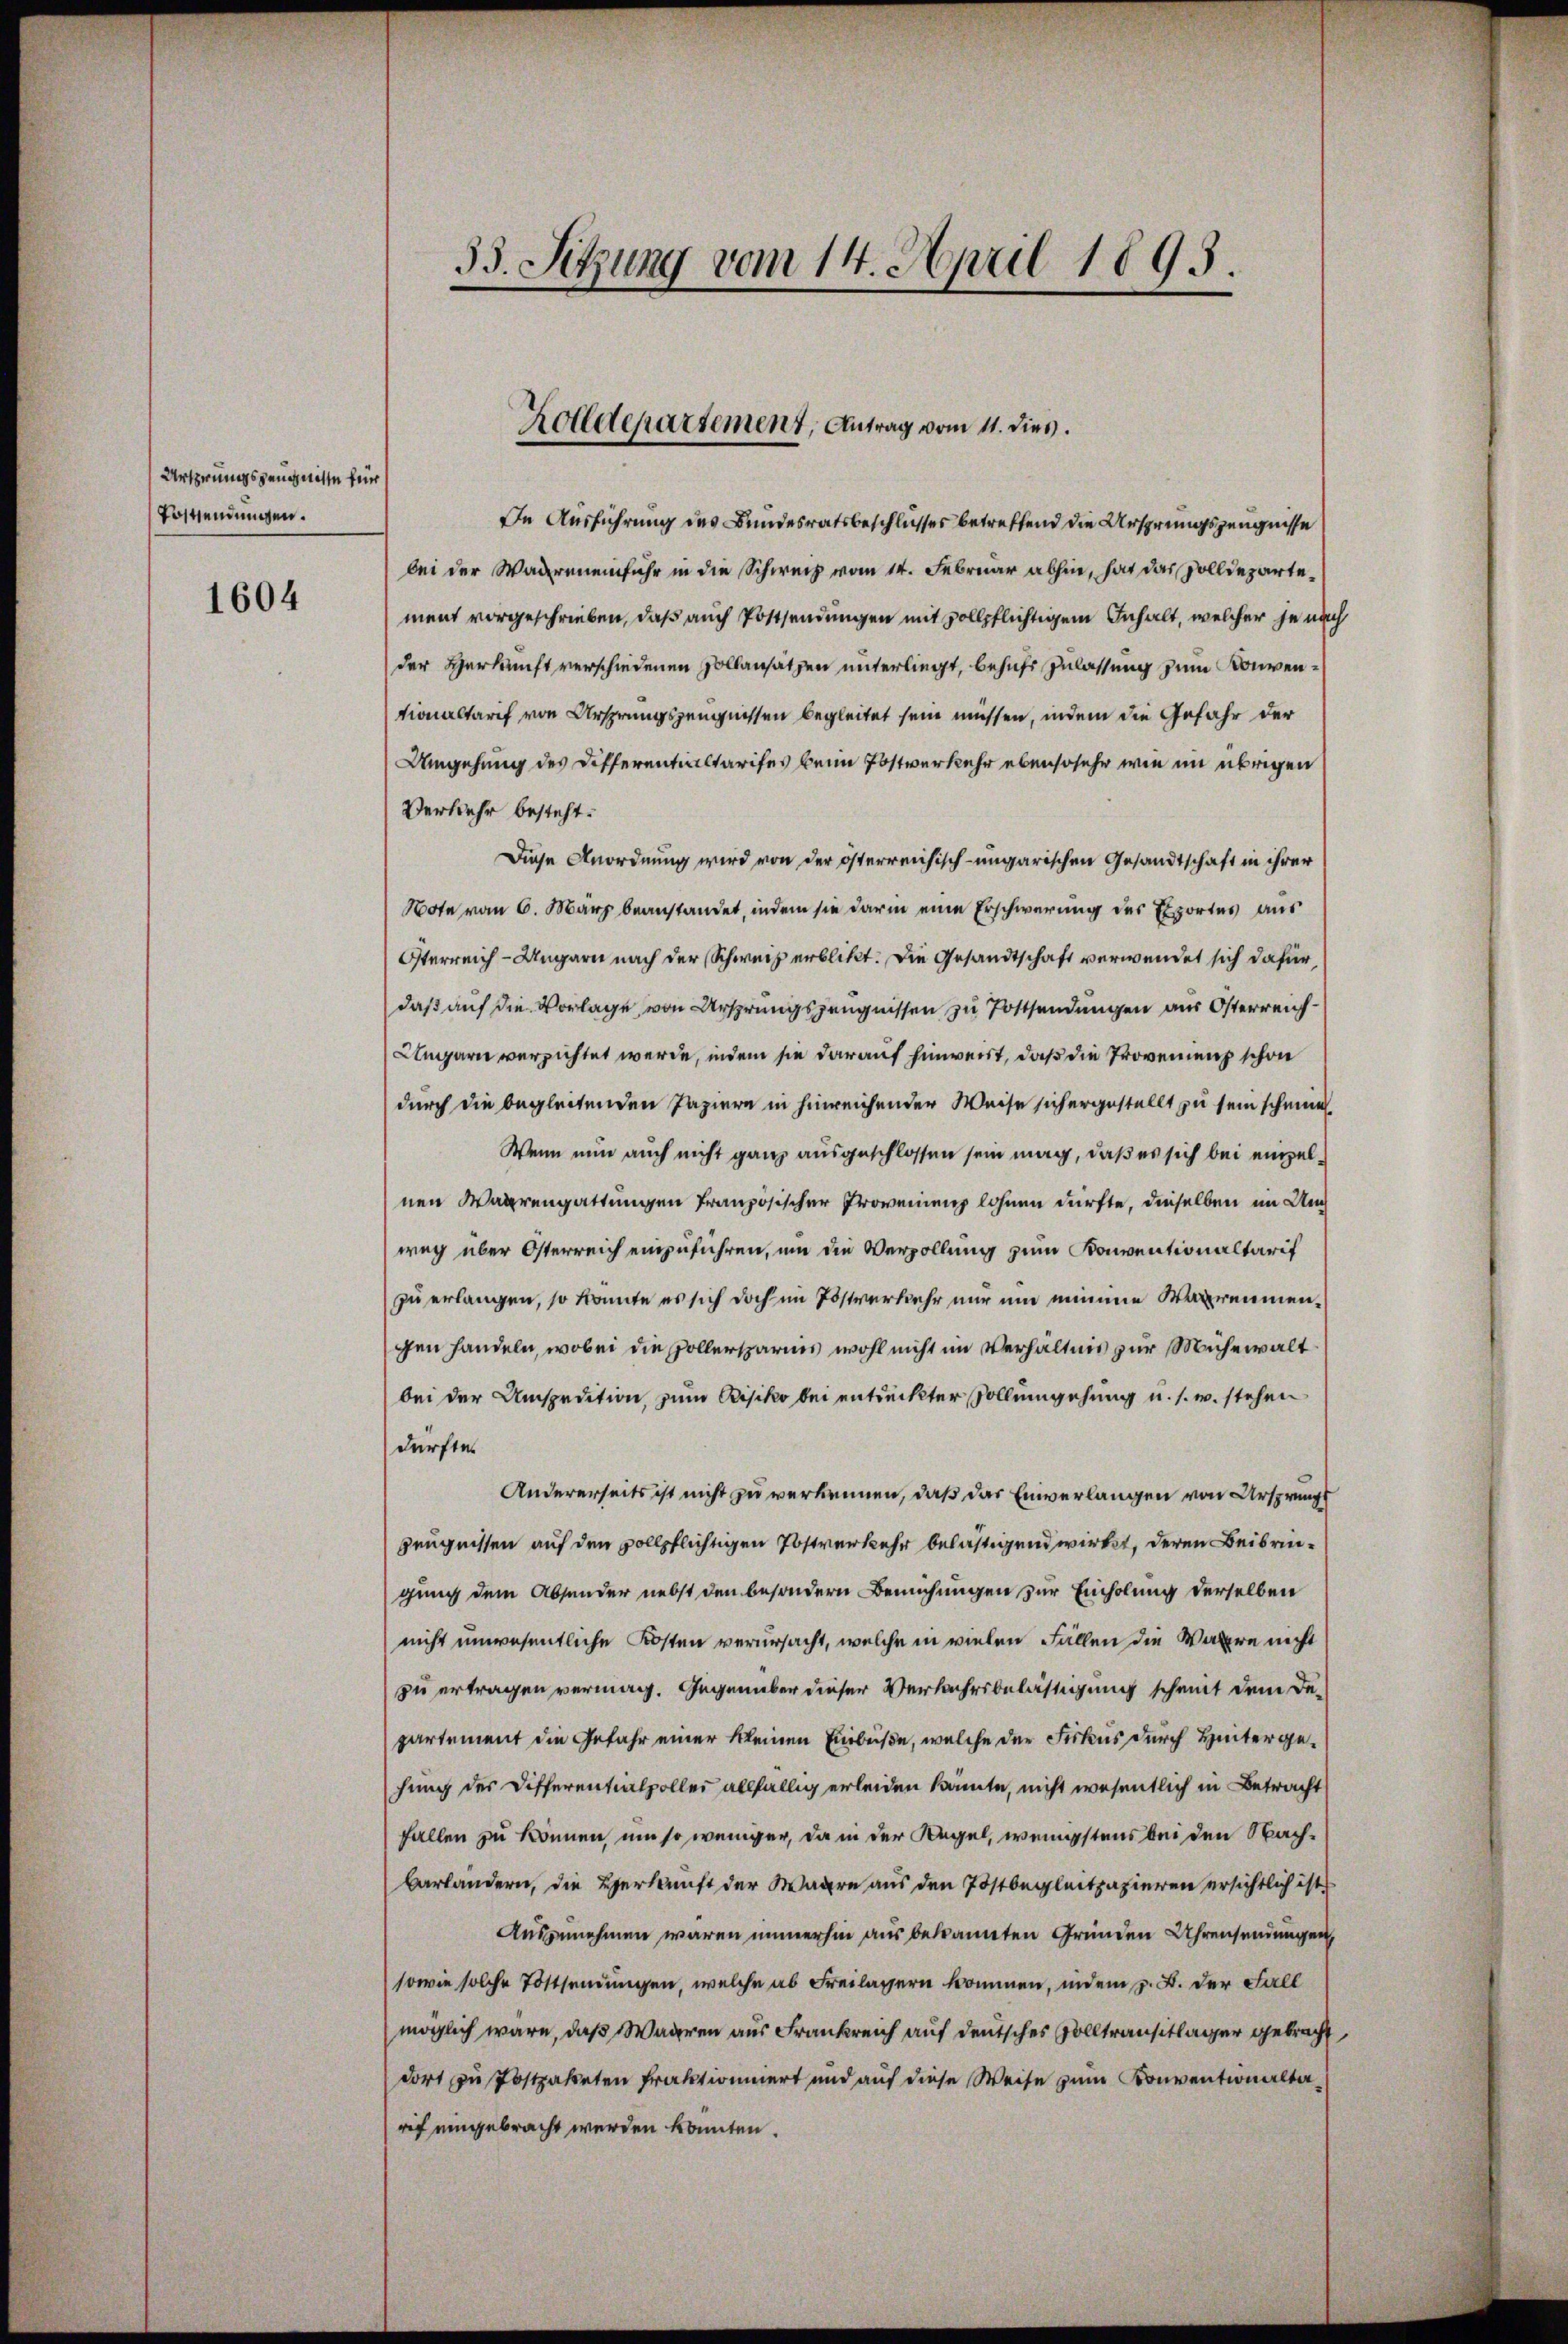
Ursprungszeugnisse für
Sostsendungen.

1604

33. Sitzung vom 14. April 1895.

Zolldepartement, Antrag vom 11. dies.

In Ausführung des Bundesratsbeschlusses betreffend die Ursprungszeugnisse
bei der Wageneinfuhr in die Schweiz vom 14. Februar abhin, hat das solldepartement vorgeschrieben, daß auch Postsendungen mit vollpflichtigem Inhalt, welcher je nach
der Herkunft verschiedenen Hollansätzen unterliegt, behufs Zulassung zum Konventionaltarif von Ursprungszeugnissen begleitet sein müssen, indem die Gefahr der
Umgehung des Differentialtarifes beim Postverkehr ebensosehr wie im übrigen
Verkehr besteht.
Diese Anordnung wird von der österreichisch-ungarischen Gesandtschaft in ihrer
Note vom 6. März beanstandet, indem sie darin eine Erschwerung des Exportes aus
Österreich - Ungarn nach der Schweiz erblickt. Die Gesandtschaft verwendet sich dafür,
daß auf die Vorlage, von Ursprungszeugnissen zu Postsendungen aus Osterreich¬
Ungarn verzichtet werde, indem sie darauf hinweist, daß die Provenienz schon
durch die begleitenden Papiere in hinreichender Weise sich ergestellt zu sein scheine
Wenn nun auch nicht ganz ausgeschlossen sein mag, daß es sich bei einzelnen Waarengattungen französischer Provenienz lohnen dürfte, dieselben im Umweg über Österreich einzuführen, um die Verzollung zum Konventionaltarif
zu erlangen, so könnte es sich doch im Postverkehr nur um minene Warrenmengen handeln, wobei die Pollersparnis wohl nicht im Verhältnis zur Mühewalt
bei der Umspedition zum Bisiko bei entdeckter Vollumgehung u. s. w. stehen
dürfte
Andererseits ist nicht zu verkennen, daß das Einverlangen von Ursprungs
Zeugnissen auf den vollpflichtigen Postverkehr belästigend wirkt, deren Beibringung dem Absender nebst den besondern Bemühungen zur Einholung derselben
nicht unwesentliche Kosten verursacht, welche in vielen Fällen die Wahre nicht
zu ertragen vermag. Gegenüber dieser Verkehrsbelästigung scheint dem Departement die Gefahr einer kleinen Einbuße, welche der Fiskus durch Hintergehung der Differentialpoller allfällig erleiden könnte, nicht wesentlich in Betracht
fallen zu können, um so weniger, da in der Regel, wenigstens bei den Nachbarländern, die Herkunft der Wagen aus den Postbegleitpapieren ersichtlich ist
Auszunehmen waren immerhin aus bekannten Gründen Uhrensendungen,
sowie solche Tottsendungen, welche ab Freilassern kommen, indem z. B. der Fall
möglich wäre, daß Wageren aus Frankreich auf deutsches Solltransitlager gebracht
dort zu Postpaketen Praktionnert und auf diese Weise zum Konventionaltarif eingebracht werden könnten.